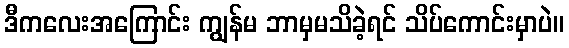
ဒီကလေးအကြောင်း ကျွန်မ ဘာမှမသိခဲ့ရင် သိပ်ကောင်းမှာပဲ။